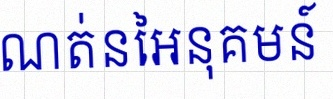
រកដែនកំណត់នៃអនុគមន៍